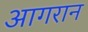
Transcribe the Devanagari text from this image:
आगरान